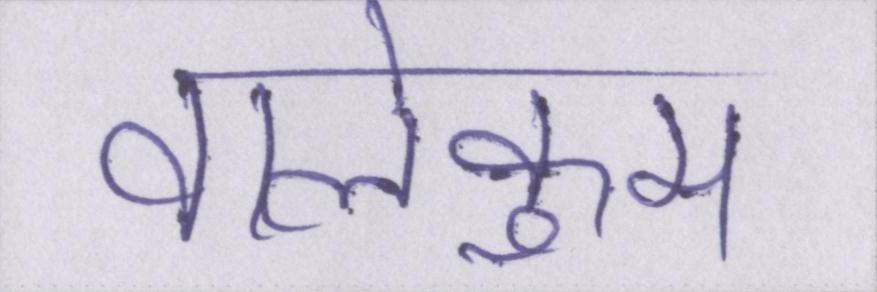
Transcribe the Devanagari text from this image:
वालेकुम